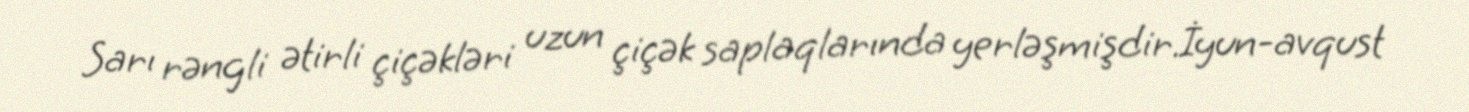
Sarı rəngli ətirli çiçəkləri uzun çiçək saplaqlarında yerləşmişdir.İyun-avqust